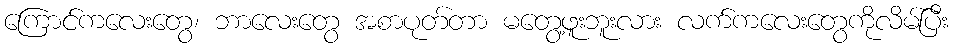
ကြောင်ကလေးတွေ၊ ဘာလေးတွေ အစာပုတ်တာ မတွေ့ဖူးဘူးလား လက်ကလေးတွေကိုလိမ်ပြီး